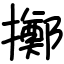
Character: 擲